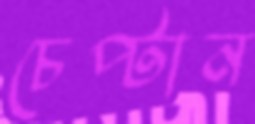
চেপ্‌টান